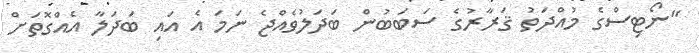
"ނޯޓިސްގެ މުއްދަތު ޤަރާރުގެ ސަބަބުން ބަދަލުވެއްޖެ ނަމަ އެ އައި ބަދަލާ އެއްގޮތަށް